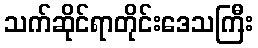
သက်ဆိုင်ရာတိုင်းဒေသကြီး